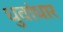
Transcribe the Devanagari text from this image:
धुवांधार